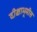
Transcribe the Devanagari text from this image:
दीक्षाभूमीस